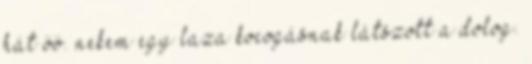
hát öö. nekem egy laza kocogásnak látszott a dolog.